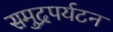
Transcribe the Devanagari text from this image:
समुद्रपर्यटन